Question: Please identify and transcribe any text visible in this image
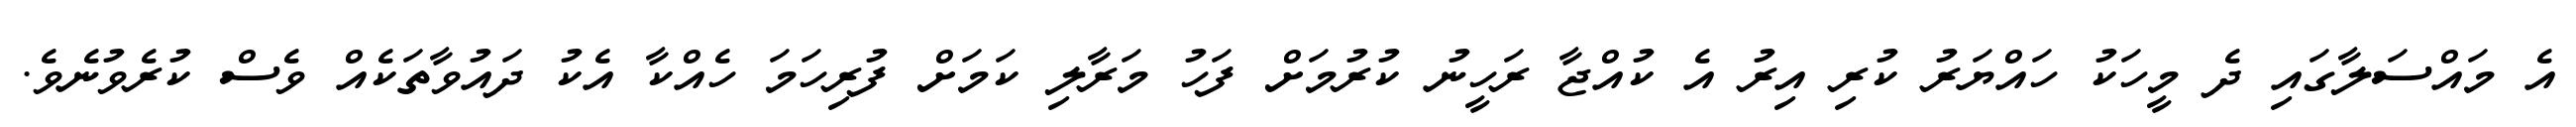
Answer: އެ މައްސަލާގައި ދެ މީހަކު ހައްޔަރު ކުރި އިރު އެ ކުއްޖާ ރަހީނު ކުރުމަށް ފަހު މަރާލި ކަމަށް ފުރިހަމަ ހެއްކާ އެކު ދައުވާތަކެއް ވެސް ކުރެވުނެވެ.